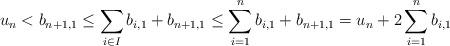
LaTeX: \begin{align*}u_n < b_{n+1,1} \leq \sum_{i\in I}b_{i,1} + b_{n+1,1} \leq \sum_{i=1}^n b_{i,1} + b_{n+1,1} = u_n + 2\sum_{i=1}^n b_{i,1} \end{align*}